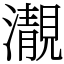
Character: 㵾